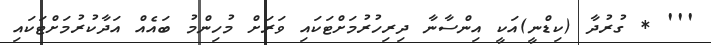
''' * ގުރުދާ (ކިޑްނީ)އަކީ އިންސާނާ ދިރިހުރުމަށްޓަކައި ވަރަށް މުހިންމު ބައެއް އަދާކުރުމަށްޓަކައި